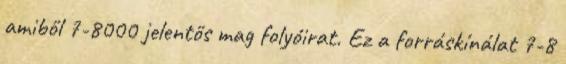
amiből 7-8000 jelentős mag folyóirat. Ez a forráskínálat 7-8